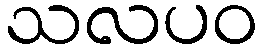
သလပဝ